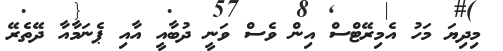
މިދިޔަ މަހު އެމިރޭޓްސް އިން ވެސް ވަނީ ދުބާއީ އާއި ޕެނަމާއާ ދޭތެރޭ